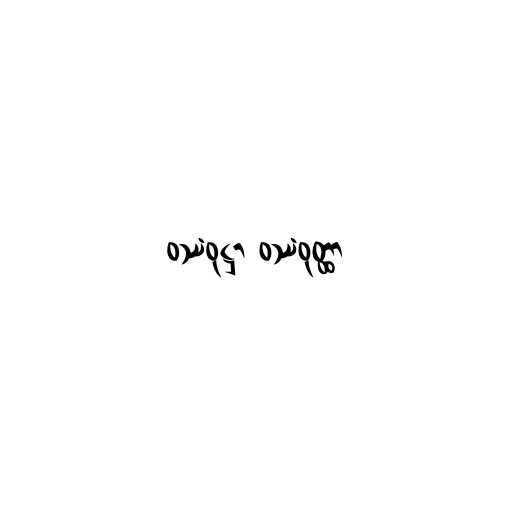
ဝဿံဝုဋ္ဌာ ဝဿံဝုတ္ထာ